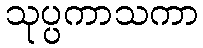
သုပ္ပကာသကာ